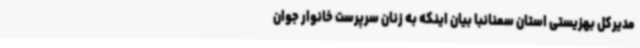
مدیرکل بهزیستی استان سمنانبا بیان اینکه به زنان سرپرست خانوار جوان